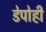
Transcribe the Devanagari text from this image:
डेपोही